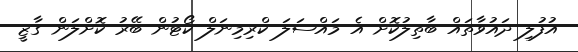
އުފުލި ދައުވާތައް ބާތިލުކޮށް އެ މައްސަލަ ކްރިމިނަލް ކޯޓުން ބޭރު ކޮށްލަން ގާޒީ